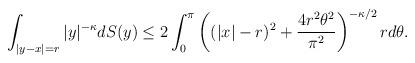
LaTeX: \begin{align*} \int_{|y-x|=r} |y|^{-\kappa} dS(y) \leq 2 \int_0^\pi \left((|x|-r)^2 + \frac{4 r^2 \theta^2}{\pi^2}\right)^{-\kappa/2} r d\theta.\end{align*}